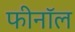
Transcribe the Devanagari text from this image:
फीनॉल